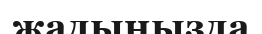
жадыңызда